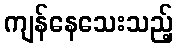
ကျန်နေသေးသည့်